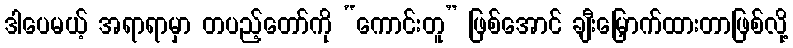
ဒါပေမယ့် အရာရာမှာ တပည့်တော်ကို “ကောင်းတူ” ဖြစ်အောင် ချီးမြှောက်ထားတာဖြစ်လို့